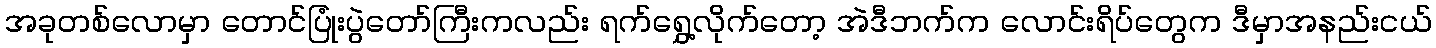
အခုတစ်လောမှာ တောင်ပြုံးပွဲတော်ကြီးကလည်း ရက်ရွှေ့လိုက်တော့ အဲဒီဘက်က လောင်းရိပ်တွေက ဒီမှာအနည်းငယ်